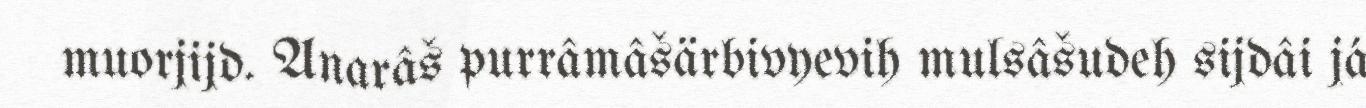
muorjijd. Anarâš purrâmâšärbivyevih mulsâšudeh sijdâi já